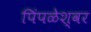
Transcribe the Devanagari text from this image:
पिंपळेश्‍वर